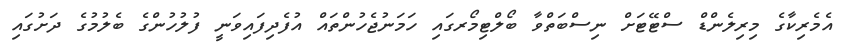
އެމެރިކާގެ މިރިލެންޑް ސްޓޭޓަށް ނިސްބަތްވާ ބޯލްޓިމޯރގައި ހަމަނުޖެހުންތައް އުފެދިފައިވަނީ ފުލުހުންގެ ބެލުމުގެ ދަށުގައި